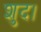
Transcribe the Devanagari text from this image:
शुद।